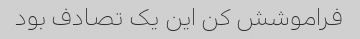
فراموشش کن این یک تصادف بود